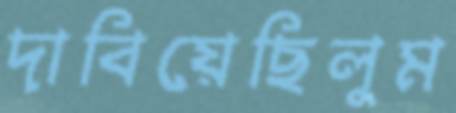
দাবিয়েছিলুম